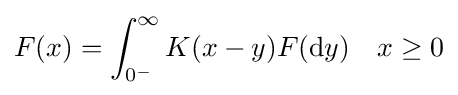
F(x)=\int _{0^{-}}^{\infty }K(x-y)F({\text{d}}y)\quad x\geq 0